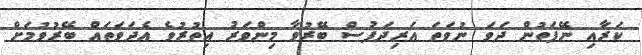
ކަރާއި ނޭފަތުން ދަވަ ނުވަތަ އަރިދަފުސް ބޭރުވާ މިންވަރު އިތުރުވެ އެދަވަތައް ބޭރުވުމަށް